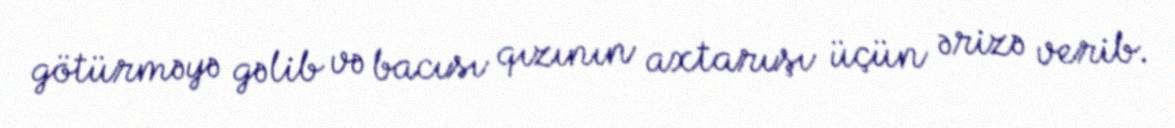
götürməyə gəlib və bacısı qızının axtarışı üçün ərizə verib.